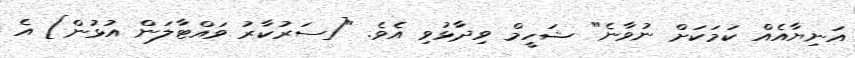
އަނިޔާއެއް ކަމަކަށް ނުވާނެ" ޝަހީމް ވިދާޅުވި އެވެ. "[ސަރުކާރު ވައްޓާލަން އުޅުން] އެ